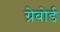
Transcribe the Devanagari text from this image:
ग्रेबोर्ड